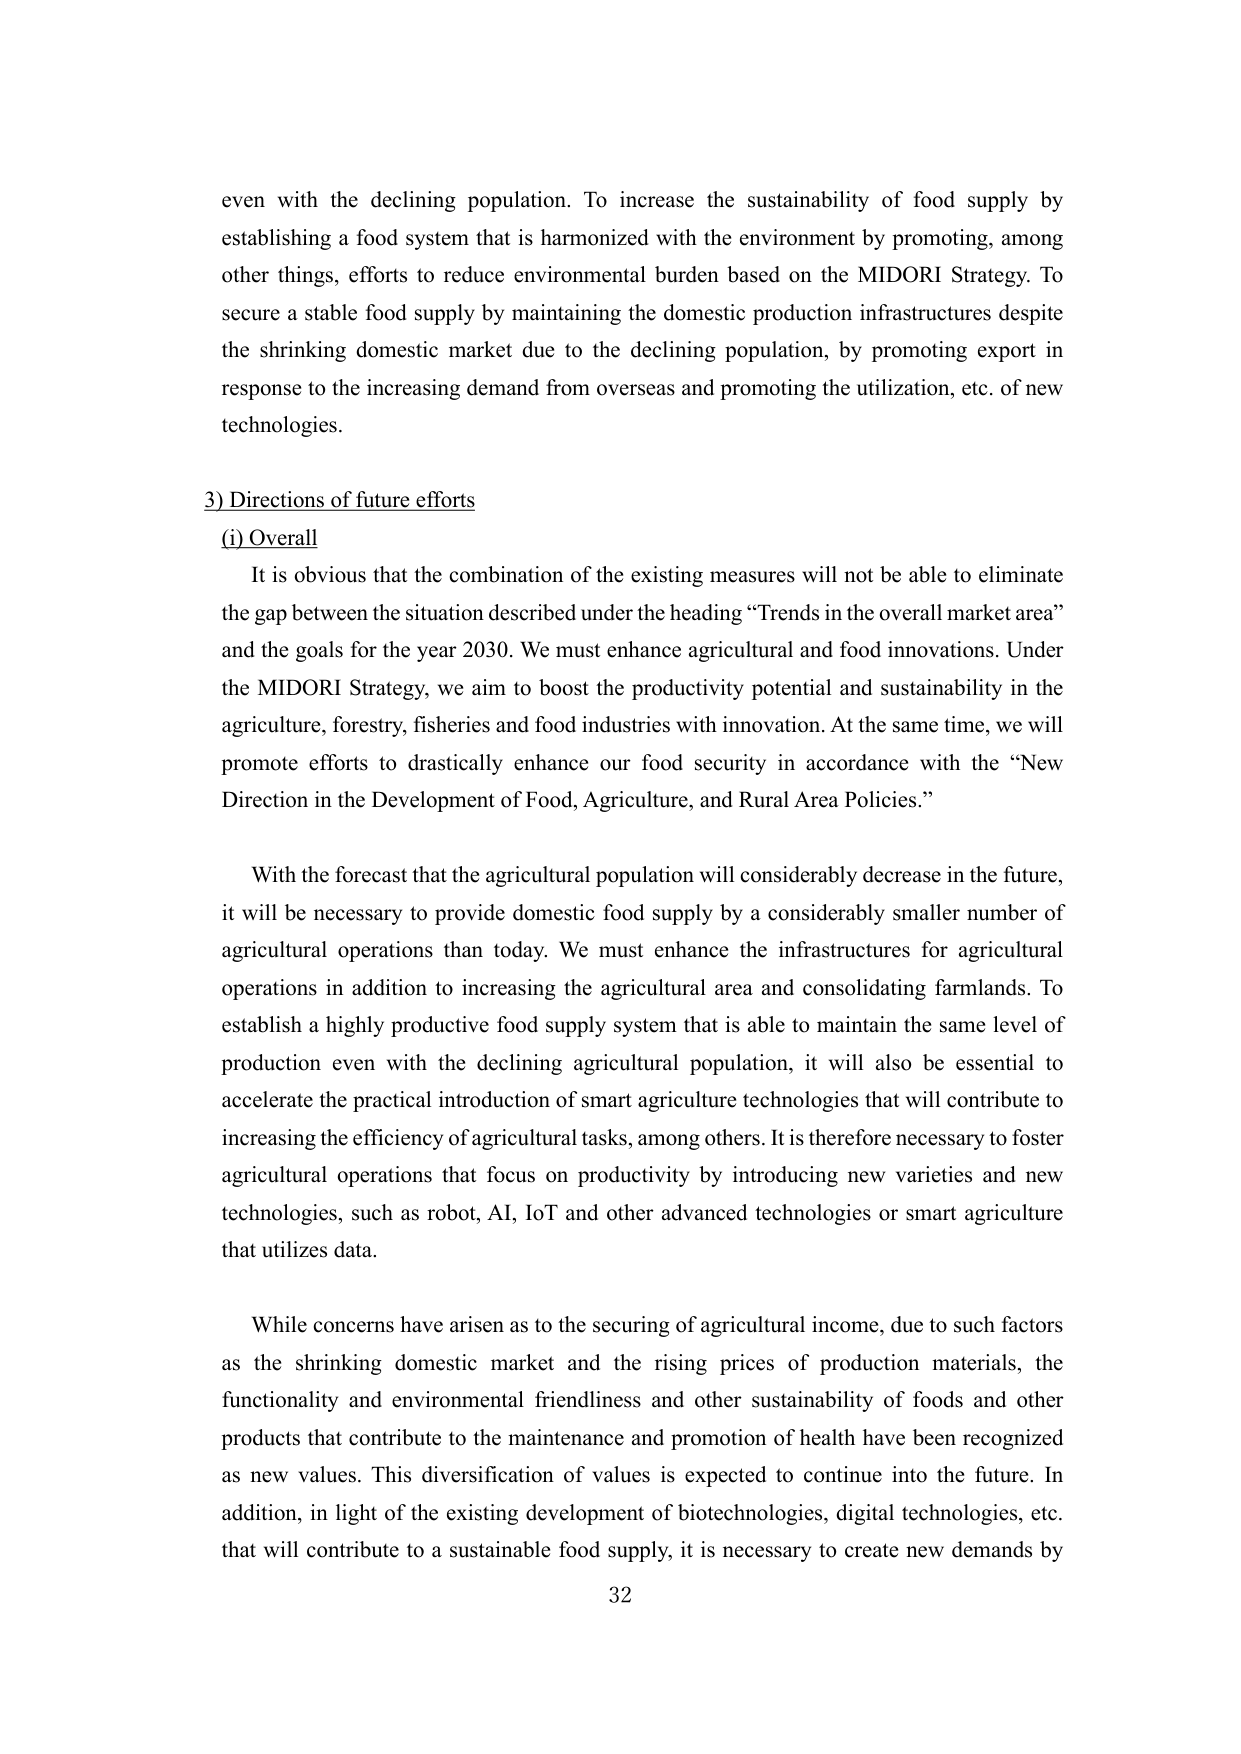
even with the declining population. To increase the sustainability of food supply by establishing a food system that is harmonized with the environment by promoting, among other things, efforts to reduce environmental burden based on the MIDORI Strategy. To secure a stable food supply by maintaining the domestic production infrastructures despite the shrinking domestic market due to the declining population, by promoting export in response to the increasing demand from overseas and promoting the utilization, etc. of new technologies.

3) Directions of future efforts
(i) Overall
It is obvious that the combination of the existing measures will not be able to eliminate the gap between the situation described under the heading “Trends in the overall market area” and the goals for the year 2030. We must enhance agricultural and food innovations. Under the MIDORI Strategy, we aim to boost the productivity potential and sustainability in the agriculture, forestry, fisheries and food industries with innovation. At the same time, we will promote efforts to drastically enhance our food security in accordance with the “New Direction in the Development of Food, Agriculture, and Rural Area Policies.”

With the forecast that the agricultural population will considerably decrease in the future, it will be necessary to provide domestic food supply by a considerably smaller number of agricultural operations than today. We must enhance the infrastructures for agricultural operations in addition to increasing the agricultural area and consolidating farmlands. To establish a highly productive food supply system that is able to maintain the same level of production even with the declining agricultural population, it will also be essential to accelerate the practical introduction of smart agriculture technologies that will contribute to increasing the efficiency of agricultural tasks, among others. It is therefore necessary to foster agricultural operations that focus on productivity by introducing new varieties and new technologies, such as robot, AI, IoT and other advanced technologies or smart agriculture that utilizes data.

While concerns have arisen as to the securing of agricultural income, due to such factors as the shrinking domestic market and the rising prices of production materials, the functionality and environmental friendliness and other sustainability of foods and other products that contribute to the maintenance and promotion of health have been recognized as new values. This diversification of values is expected to continue into the future. In addition, in light of the existing development of biotechnologies, digital technologies, etc. that will contribute to a sustainable food supply, it is necessary to create new demands by

32